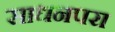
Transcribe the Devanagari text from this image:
साधनपरा